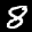
Label: 8